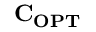
\mathbf { C _ { O P T } }